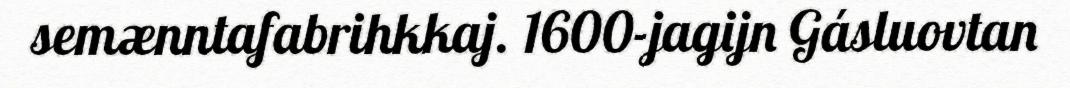
semænntafabrihkkaj. 1600-jagijn Gásluovtan